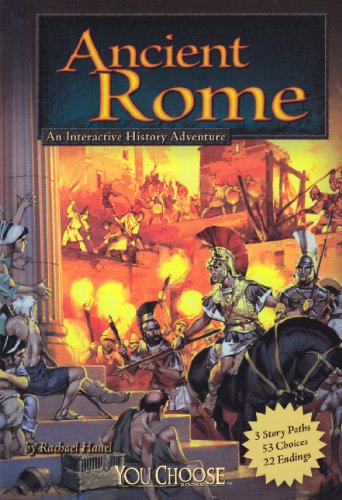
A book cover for Ancient Rome: An Interactive History Adventure (You Choose: Historical Eras); Rachael Hanel; Children's Books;